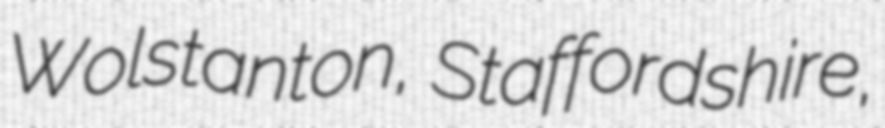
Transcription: Wolstanton, Staffordshire,